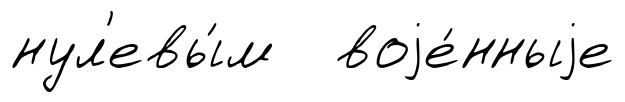
нул'евы́м воjе́нныjе